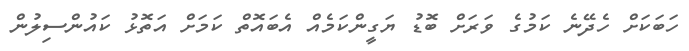
ހަބަކަށް ހެދޭނެ ކަމުގެ ވަރަށް ބޮޑު ޔަގީންކަމެއް އެބައޮތް ކަމަށް އަތޮޅު ކައުންސިލުން